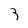
Character: 3